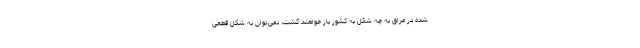
شده در عراق به چه شکل به کشور باز خواهند گشت، نمی‌توان به شکل قطعی